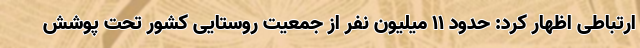
ارتباطی اظهار کرد: حدود 11 میلیون نفر از جمعیت روستایی کشور تحت پوشش